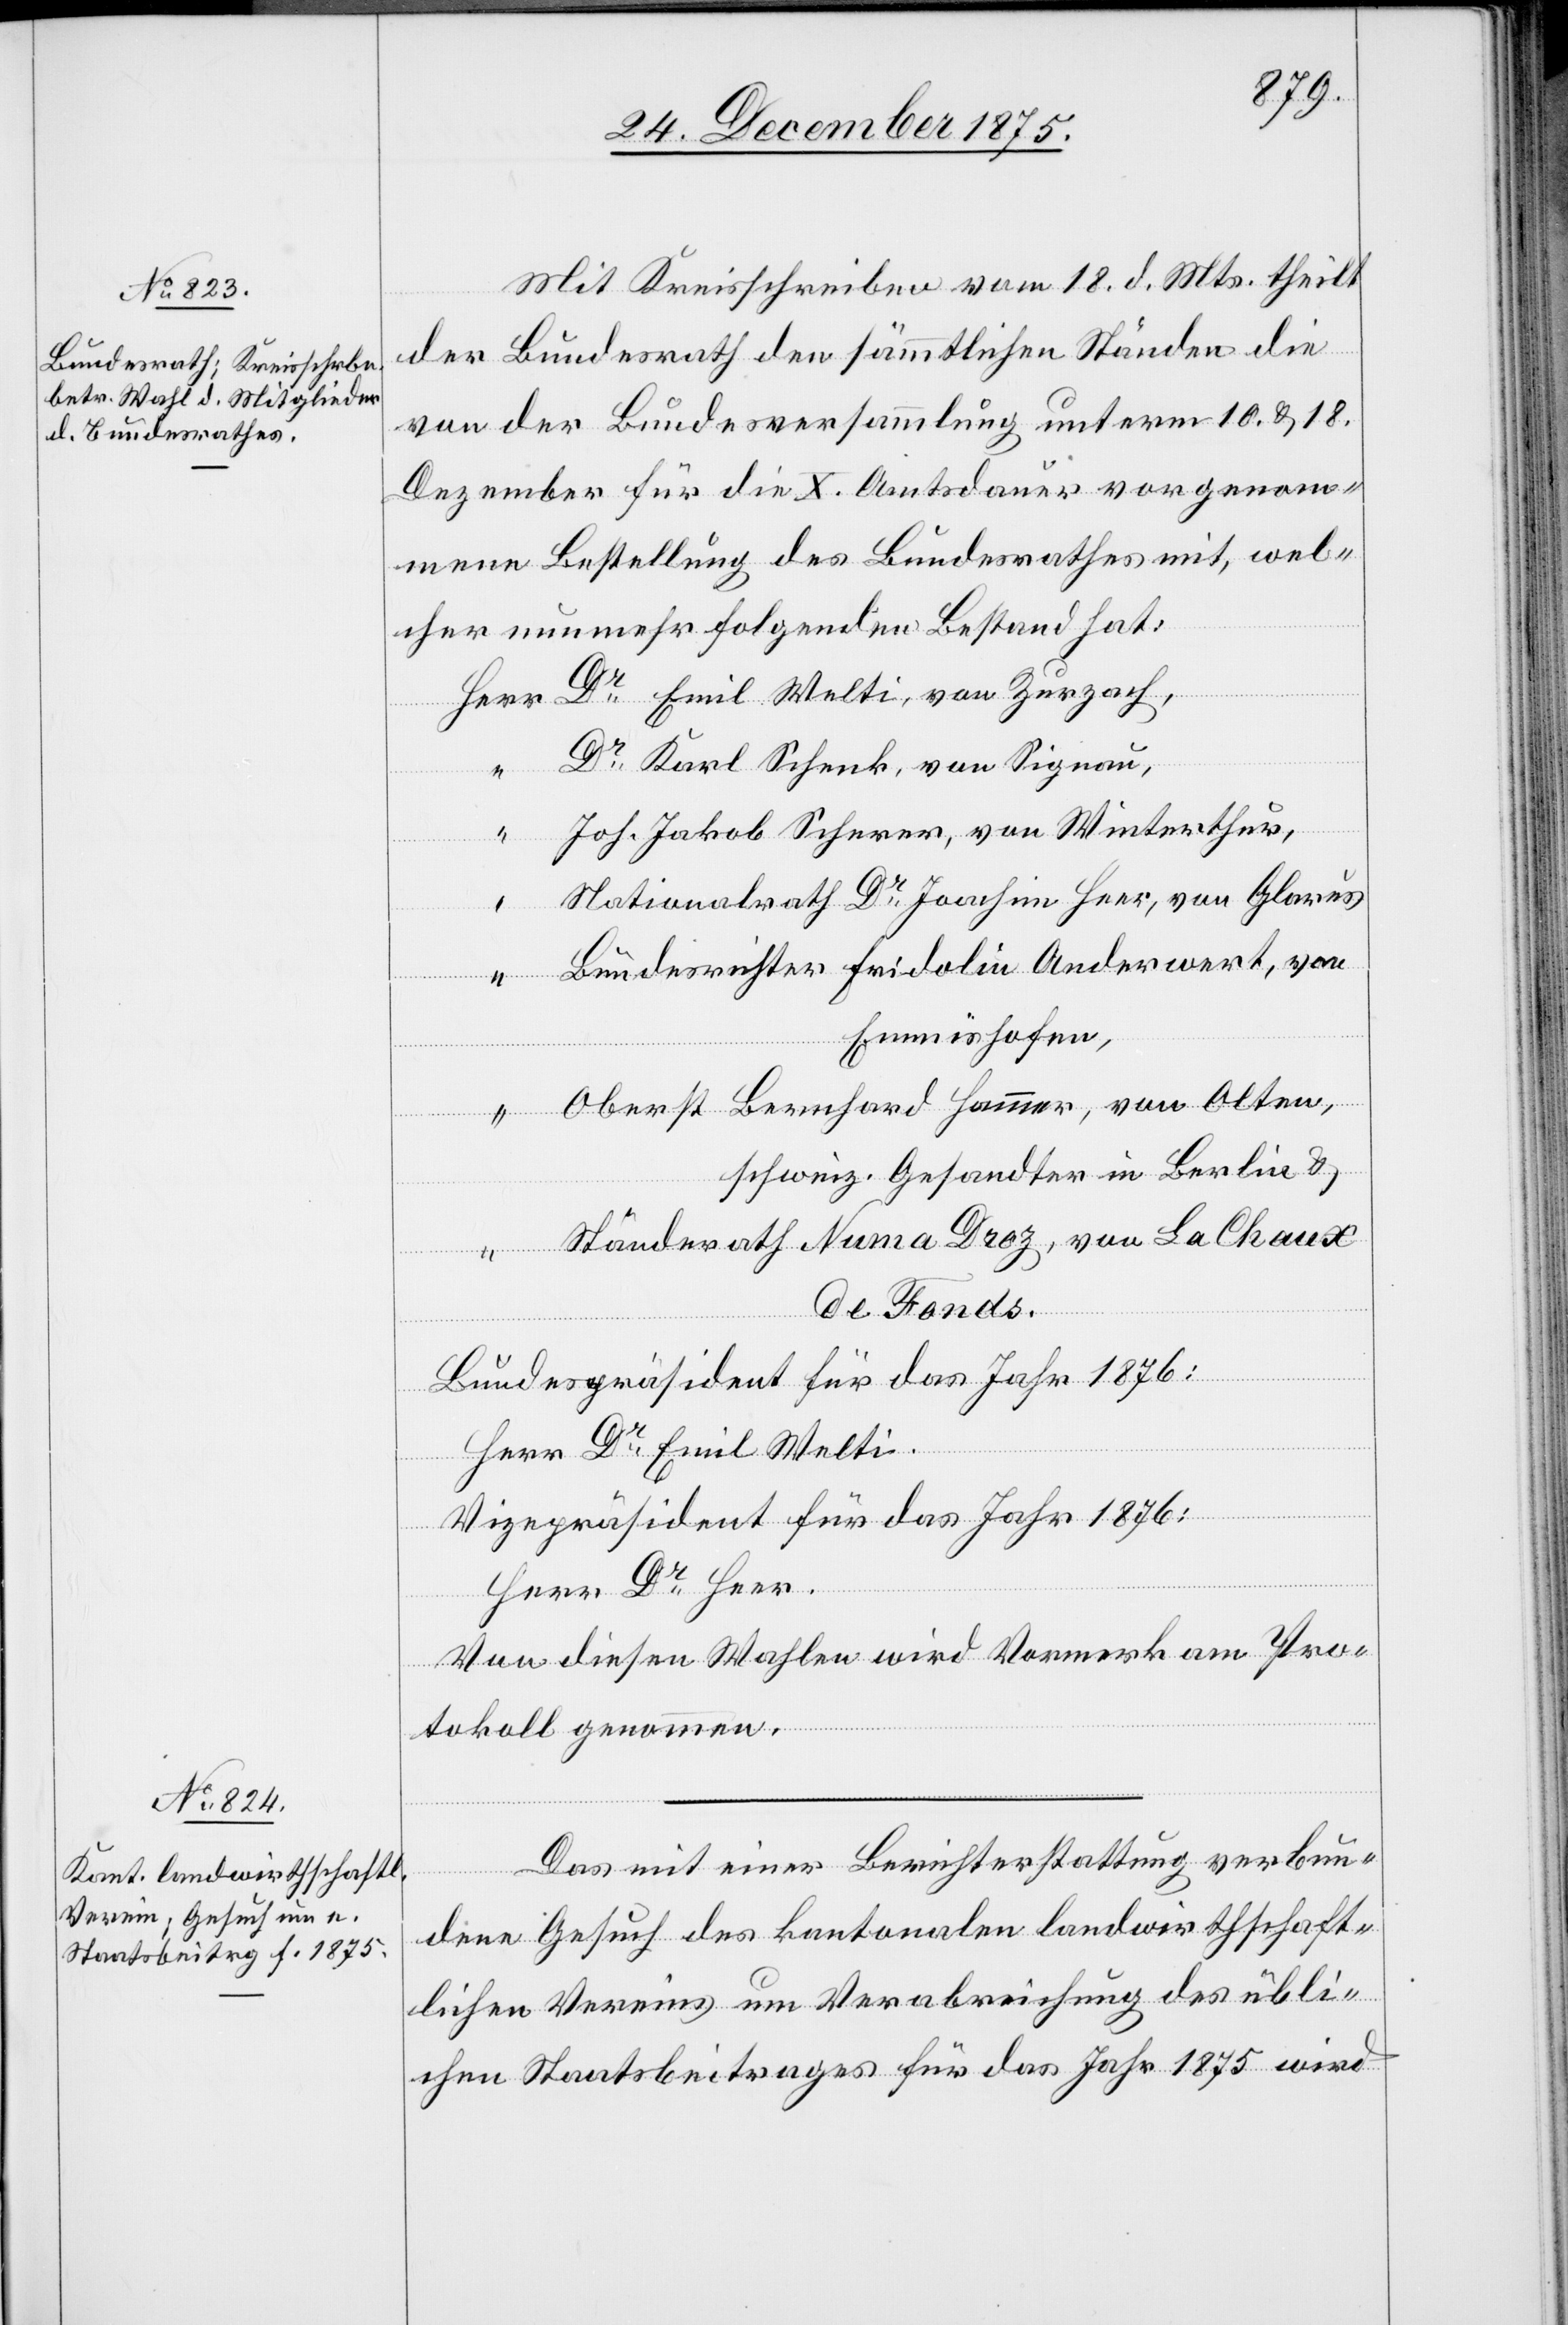
Mit Kreisschreiben vom 18. d. Mts. theilt
der Bundesrath den sämmtlichen Ständen die
von der Bundesversammlung unterm 10. & 18.
Dezember für die X. Amtsdauer vorgenom¬
mene Bestellung des Bundesrathes mit, wel¬
cher nunmehr folgenden Bestand hat:
Dr Emil Welti, von Zurzach,
Dr Karl Schenk, von Signau,
Joh. Jakob Scherer, von Winterthur,
Nationalrath Dr Joachim Heer, von Glarus
Bundesrichter Fridolin Anderwert, von
Emmishofen,
Oberst Bernhard Hammer, von Olten,
schweiz. Gesandter in Berlin &
Ständerath Numa Droz, von La Chaux
de Fonds.
Bundespräsident für das Jahr 1876:
Herr Dr Emil Welti.
Vizepräsident für das Jahr 1876:
Herr Dr Heer.
Von diesen Wahlen wird Vormerk am Pro¬
tokoll genommen.
Das mit einer Berichterstattung verbun¬
dene Gesuch des kantonalen landwirthschaft¬
lichen Vereins um Verabreichung des übli¬
chen Staatsbeitrages für das Jahr 1875 wird